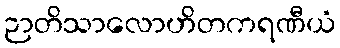
ဉာတိသာလောဟိတကရဏီယံ